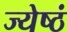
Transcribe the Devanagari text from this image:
ज्येष्ठं